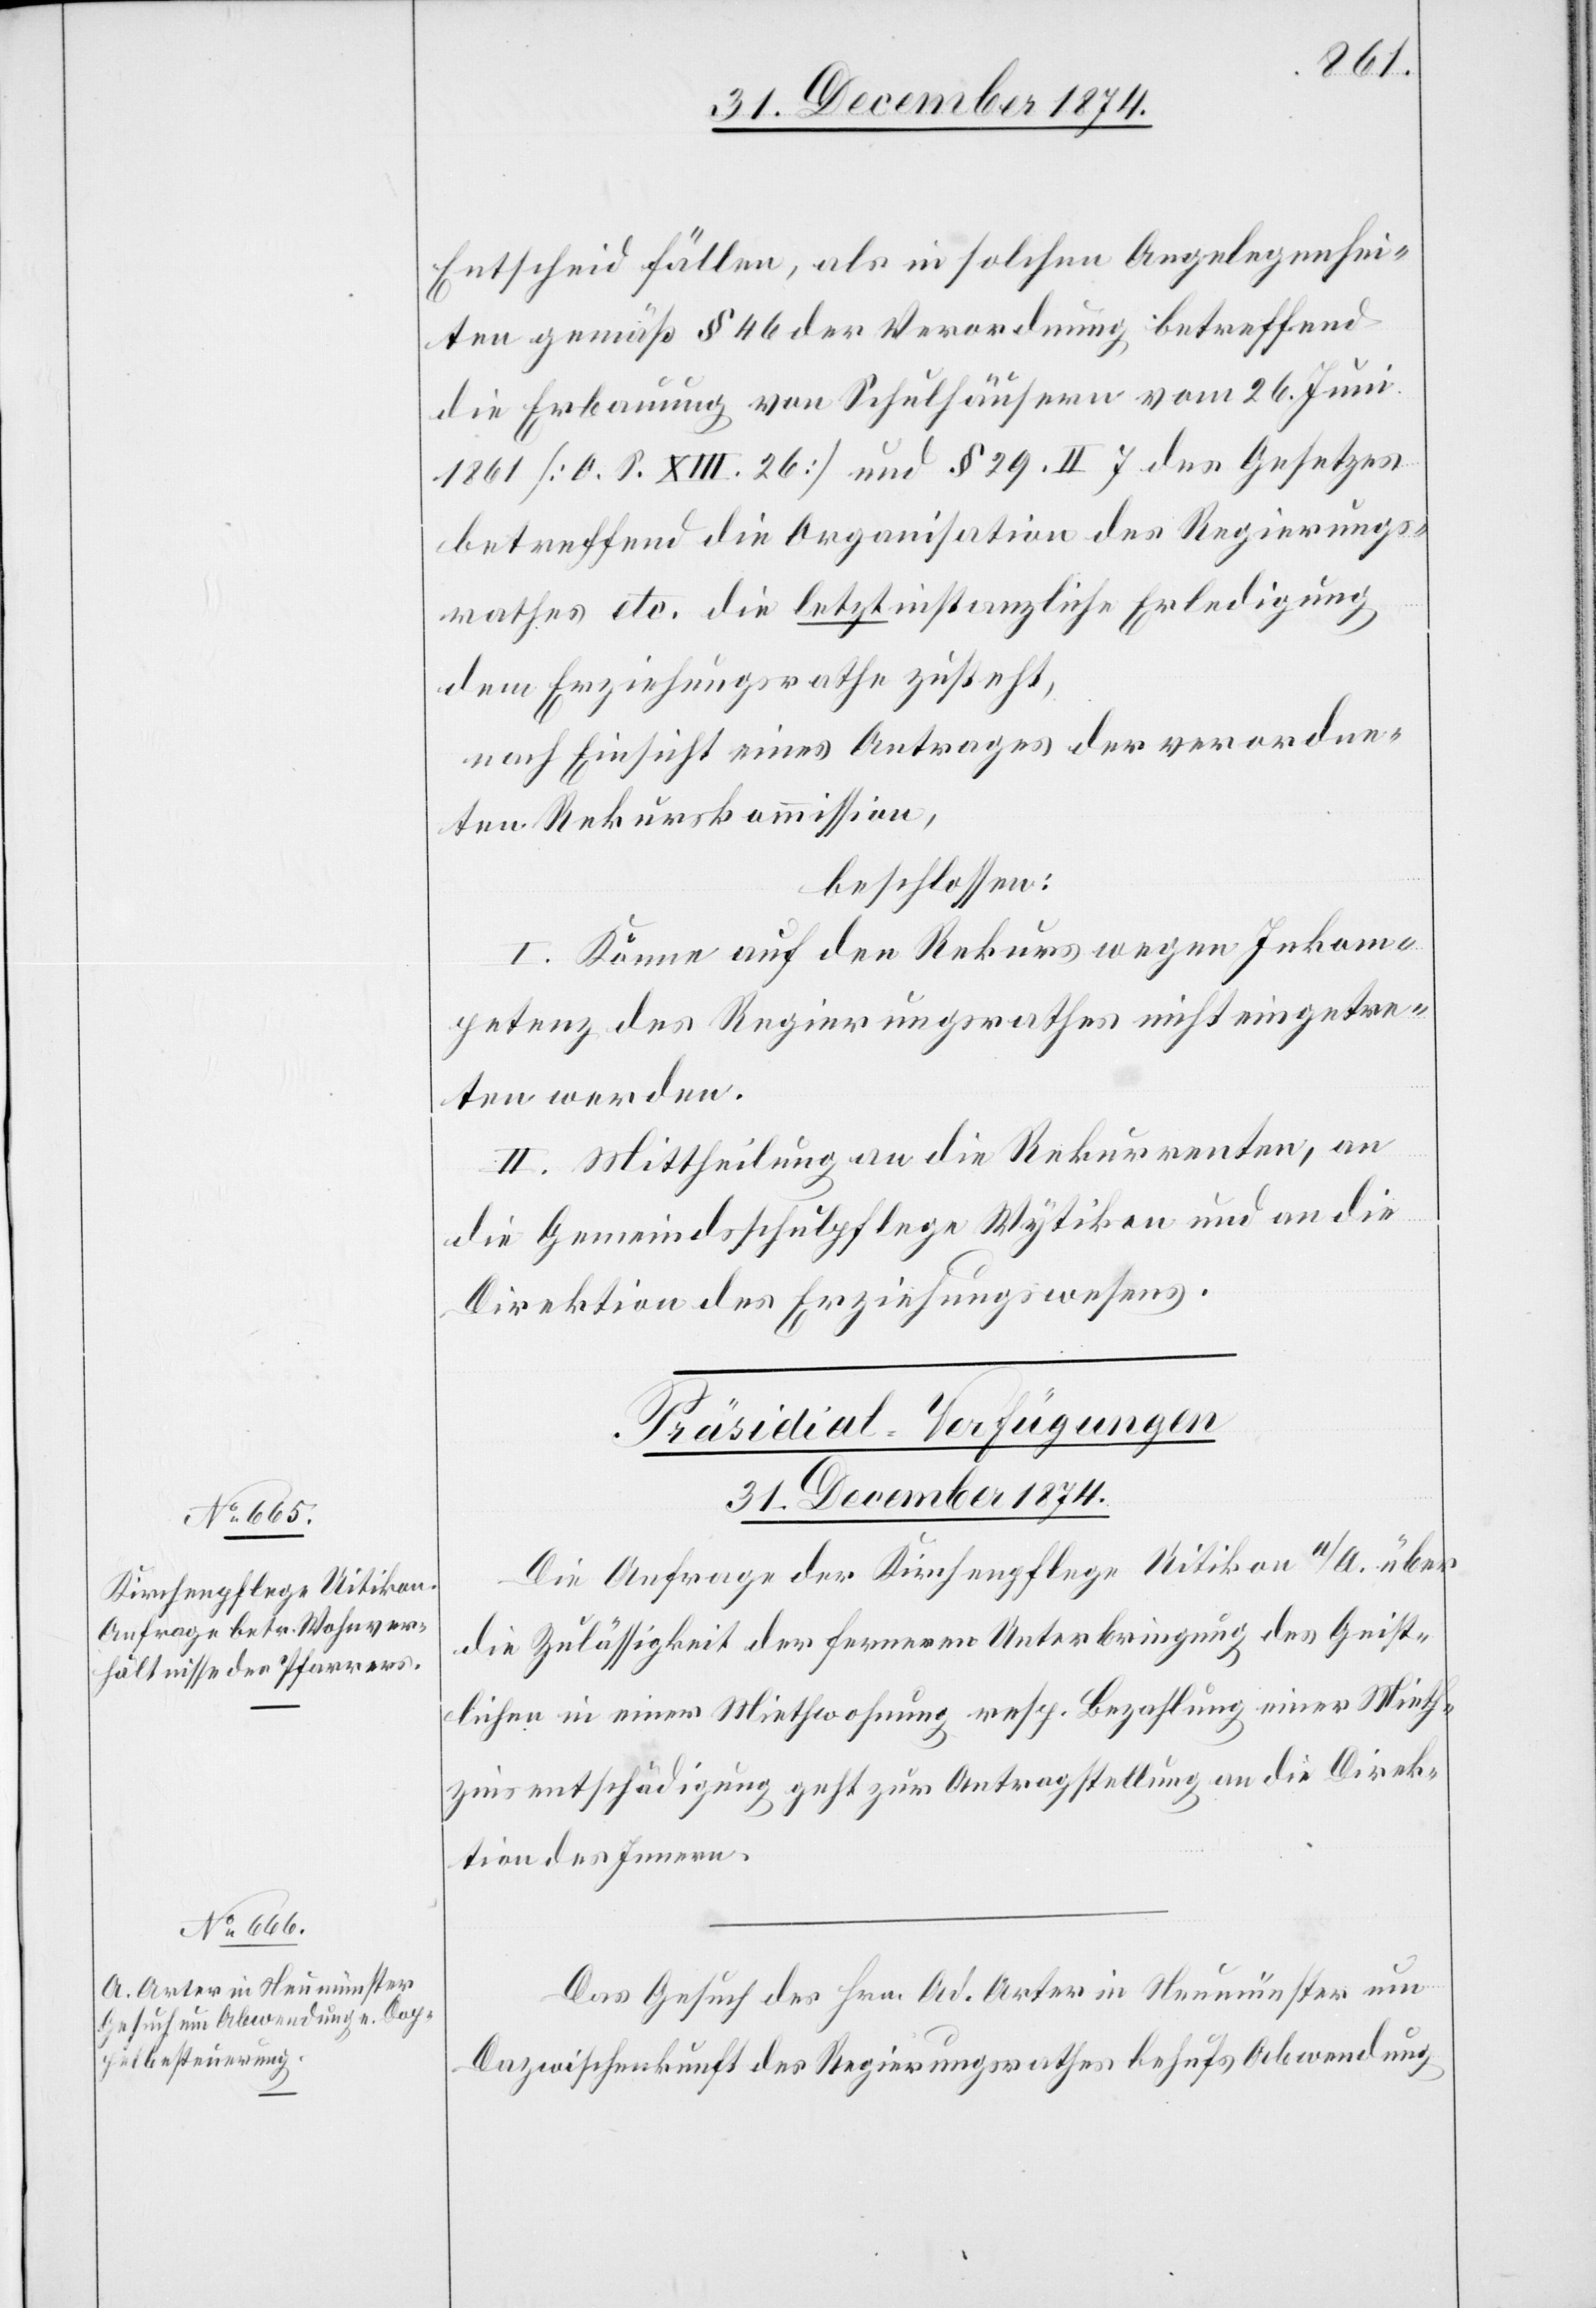
31. December 1874.]
Entscheid fällen, als in solchen Angelegenhei¬
ten gemäß § 46 der Verordnung betreffend
die Erbauung von Schulhäusern vom 26. Juni
1861 [O. S. XIII. 26] und § 29 II. 7 des Gesetzes
betreffend die Organisation des Regierungs¬
rathes etc. die letztinstanzliche Erledigung
dem Erziehungsrathe zusteht,
nach Einsicht eines Antrages der verordne¬
ten Rekurskommission,
beschlossen:
I. Könne auf den Rekurs wegen Inkom¬
petenz des Regierungsrathes nicht eingetre¬
ten werden.
II. Mittheilung an die Rekurrenten, an
die Gemeindschulpflege Wytikon und an die
Direktion des Erziehungswesens.
[Präsidial-Verfügungen
Die Anfrage der Kirchenpflege Uitikon a/A. über
die Zulässigkeit der ferneren Unterbringung des Geist¬
lichen in einer Mietwohnung resp. Bezahlung einer Mieth¬
zinsentschädigung geht zur Antragstellung an die Direk¬
tion des Innern.
Das Gesuch des Hrn. Ad. Arter in Neumünster um
Dazwischenkunft des Regierungsrathes behufs Abwendung